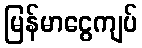
မြန်မာငွေကျပ်